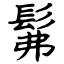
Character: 髴